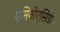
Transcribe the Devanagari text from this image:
एमिनोएसिडों